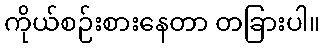
ကိုယ်စဉ်းစားနေတာ တခြားပါ။